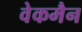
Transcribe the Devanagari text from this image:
वेकमैन